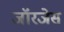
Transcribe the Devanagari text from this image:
जॉरजेस